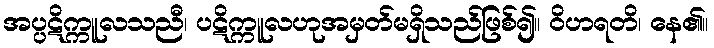
အပ္ပဋိက္ကူလသညီ၊ ပဋိက္ကူလဟုအမှတ်မရှိသည်ဖြစ်၍။ ဝိဟရတိ၊ နေ၏။